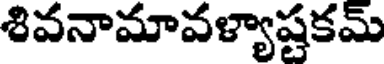
శివనామావళ్యాష్టకమ్